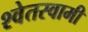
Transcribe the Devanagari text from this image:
श्वेतस्वामी